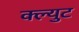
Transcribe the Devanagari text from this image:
क्ल्युट